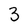
Character: 3